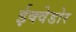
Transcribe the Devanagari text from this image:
ईक्वेडोर